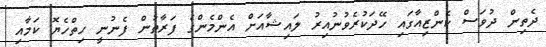
ދެތިން ދުވަސް ކެންޒިއާގައި ހޭދަކުރެވުނުއިރު ލައިޝާއަށް އެންމެންގެ ފަރާތުން ފެނުނީ ހިތްހެޔޮ ކަމާއި